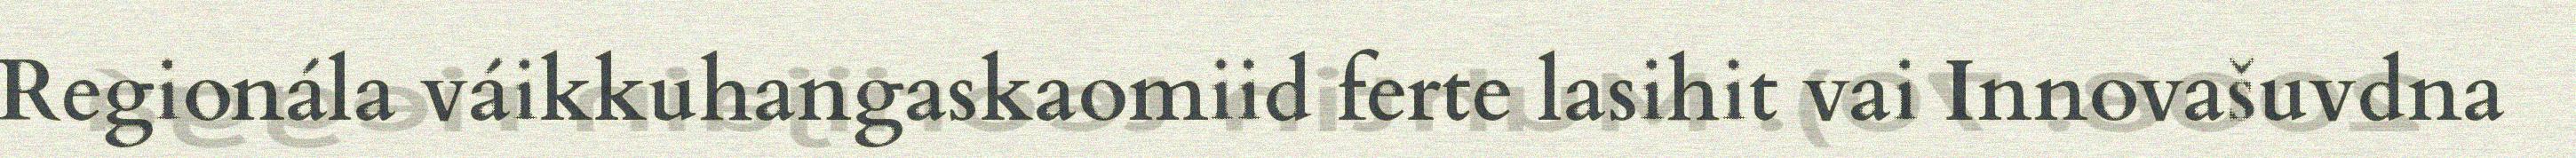
Regionála váikkuhangaskaomiid ferte lasihit vai Innovašuvdna